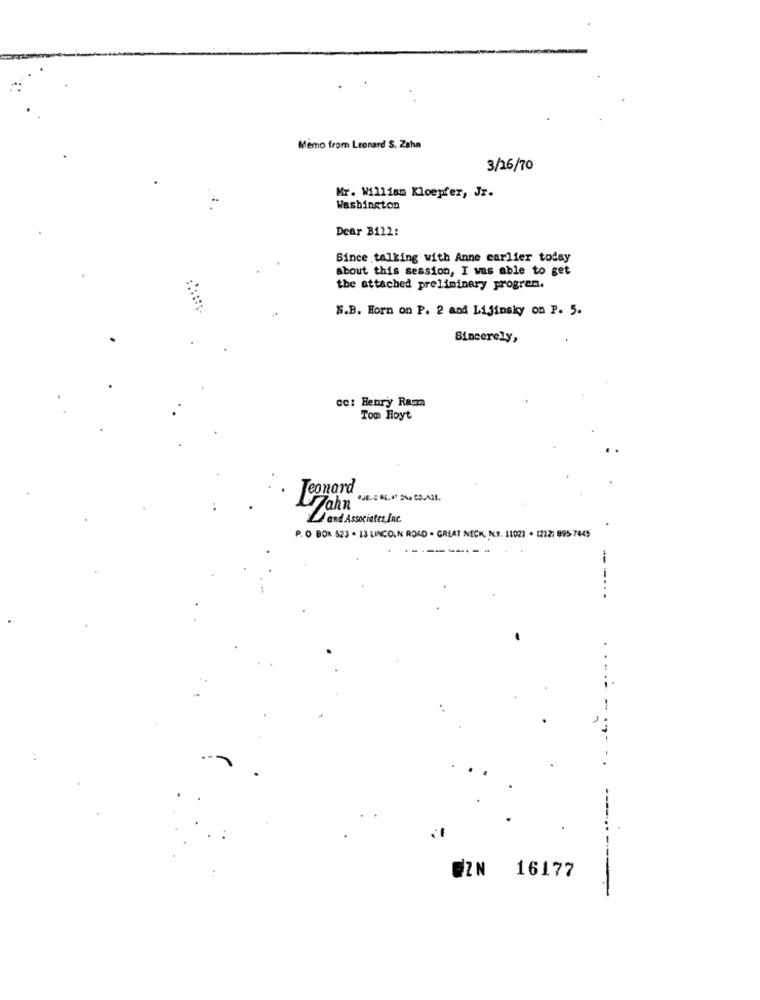
Memo from Leonard S. Zaha
3/26/70
Mr. William Kloepfer, Jr.
Washington
Dear Bill:
Since talking with Anne carlier today
about this session, I was able to get
the attached preliminary program.
N.B. Horn on P. 2 and Lijinsky on P. 5.
Sincerely,
cc: Henry Raum
Tom Hoyt
Jeonard
Zahn
and Associates, Inc.
P. O BOX 523 . 13 LINCOLN ROAD . GREAT NECK, N.Y. 11021 . 1212; 895-7445
-----
----..
..
-
EZN 16177